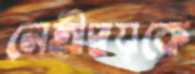
নেত্রীদ্বয়কে